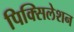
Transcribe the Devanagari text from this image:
पिक्सिलेशन